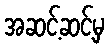
အဆင့်ဆင့်မှ